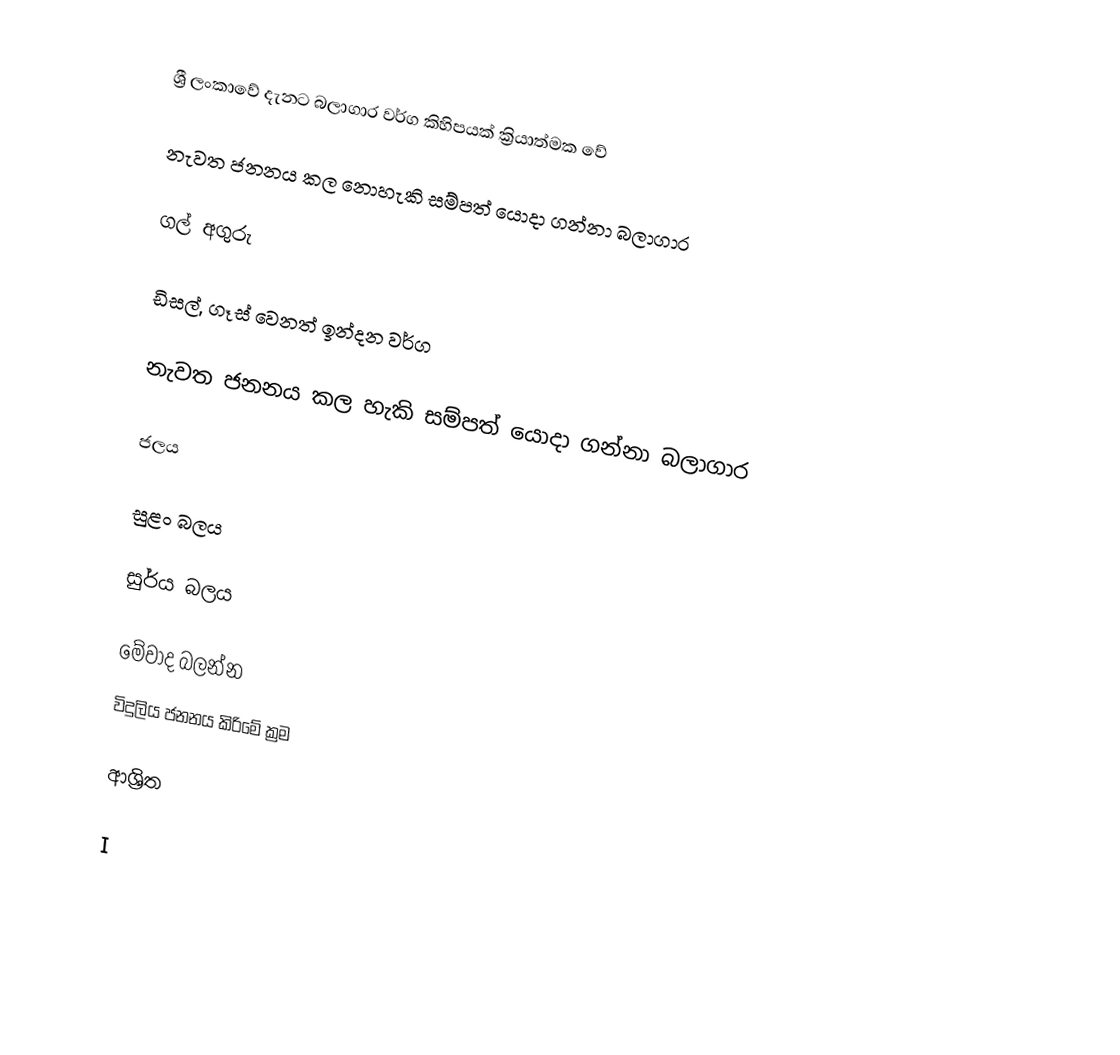
ශ්‍රී ලංකාවේ දැනට බලාගාර වර්ග කිහිපයක් ක්‍රියාත්මක වේ

නැවත ජනනය කල නොහැකි සම්පත් යොදා ගන්නා බලාගාර

ගල් අගුරු

ඩිසල්, ගෑස් වෙනත් ඉන්දන වර්ග

නැවත ජනනය කල හැකි සම්පත් යොදා ගන්නා බලාගාර

ජලය

සුළං බලය

සුර්ය බලය

මේවාද බලන්න
විදුලිය ජනනය කිරිමේ ක්‍රම

ආශ්‍රිත

I